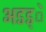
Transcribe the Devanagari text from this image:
अडड्े